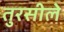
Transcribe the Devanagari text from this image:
तुरसीले